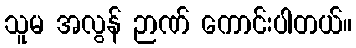
သူမ အလွန် ဉာဏ် ကောင်းပါတယ်။